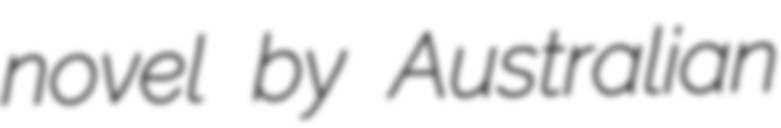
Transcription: novel by Australian